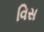
વિસ